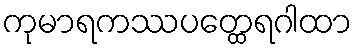
ကုမာရကဿပတ္ထေရဂါထာ